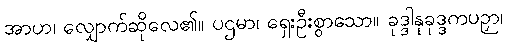
အာဟ၊ လျှောက်ဆိုလေ၏။ ပဌမာ၊ ရှေးဦးစွာသော။ ခုဒ္ဒါနုခုဒ္ဒကပဉှာ၊